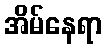
အိမ်နေရာ